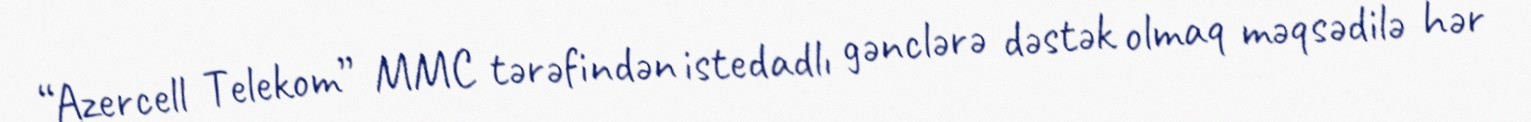
“Azercell Telekom” MMC tərəfindən istedadlı gənclərə dəstək olmaq məqsədilə hər